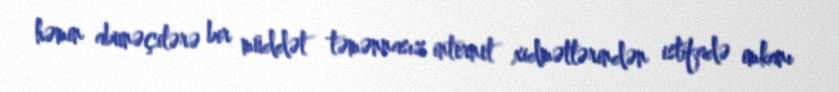
həmin abunəçilərə bir müddət təmənnasız internet xidmətlərindən istifadə imkanı